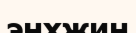
энхжин